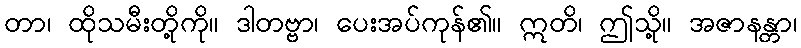
တာ၊ ထိုသမီးတို့ကို။ ဒါတဗ္ဗာ၊ ပေးအပ်ကုန်၏။ ဣတိ၊ ဤသို့။ အဇာနန္တာ၊